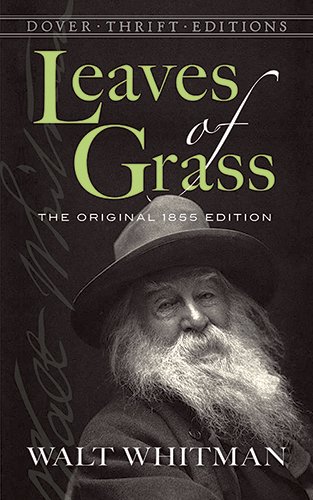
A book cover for Leaves of Grass: The Original 1855 Edition (Dover Thrift Editions); Walt Whitman; Literature & Fiction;